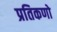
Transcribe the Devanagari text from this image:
प्रतिकणो